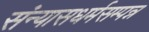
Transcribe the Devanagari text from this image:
संन्यासधर्मसम्पन्न